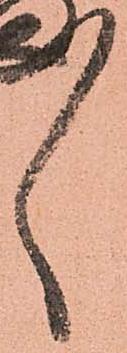
ゝ